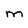
Character: M